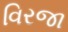
વિરજા